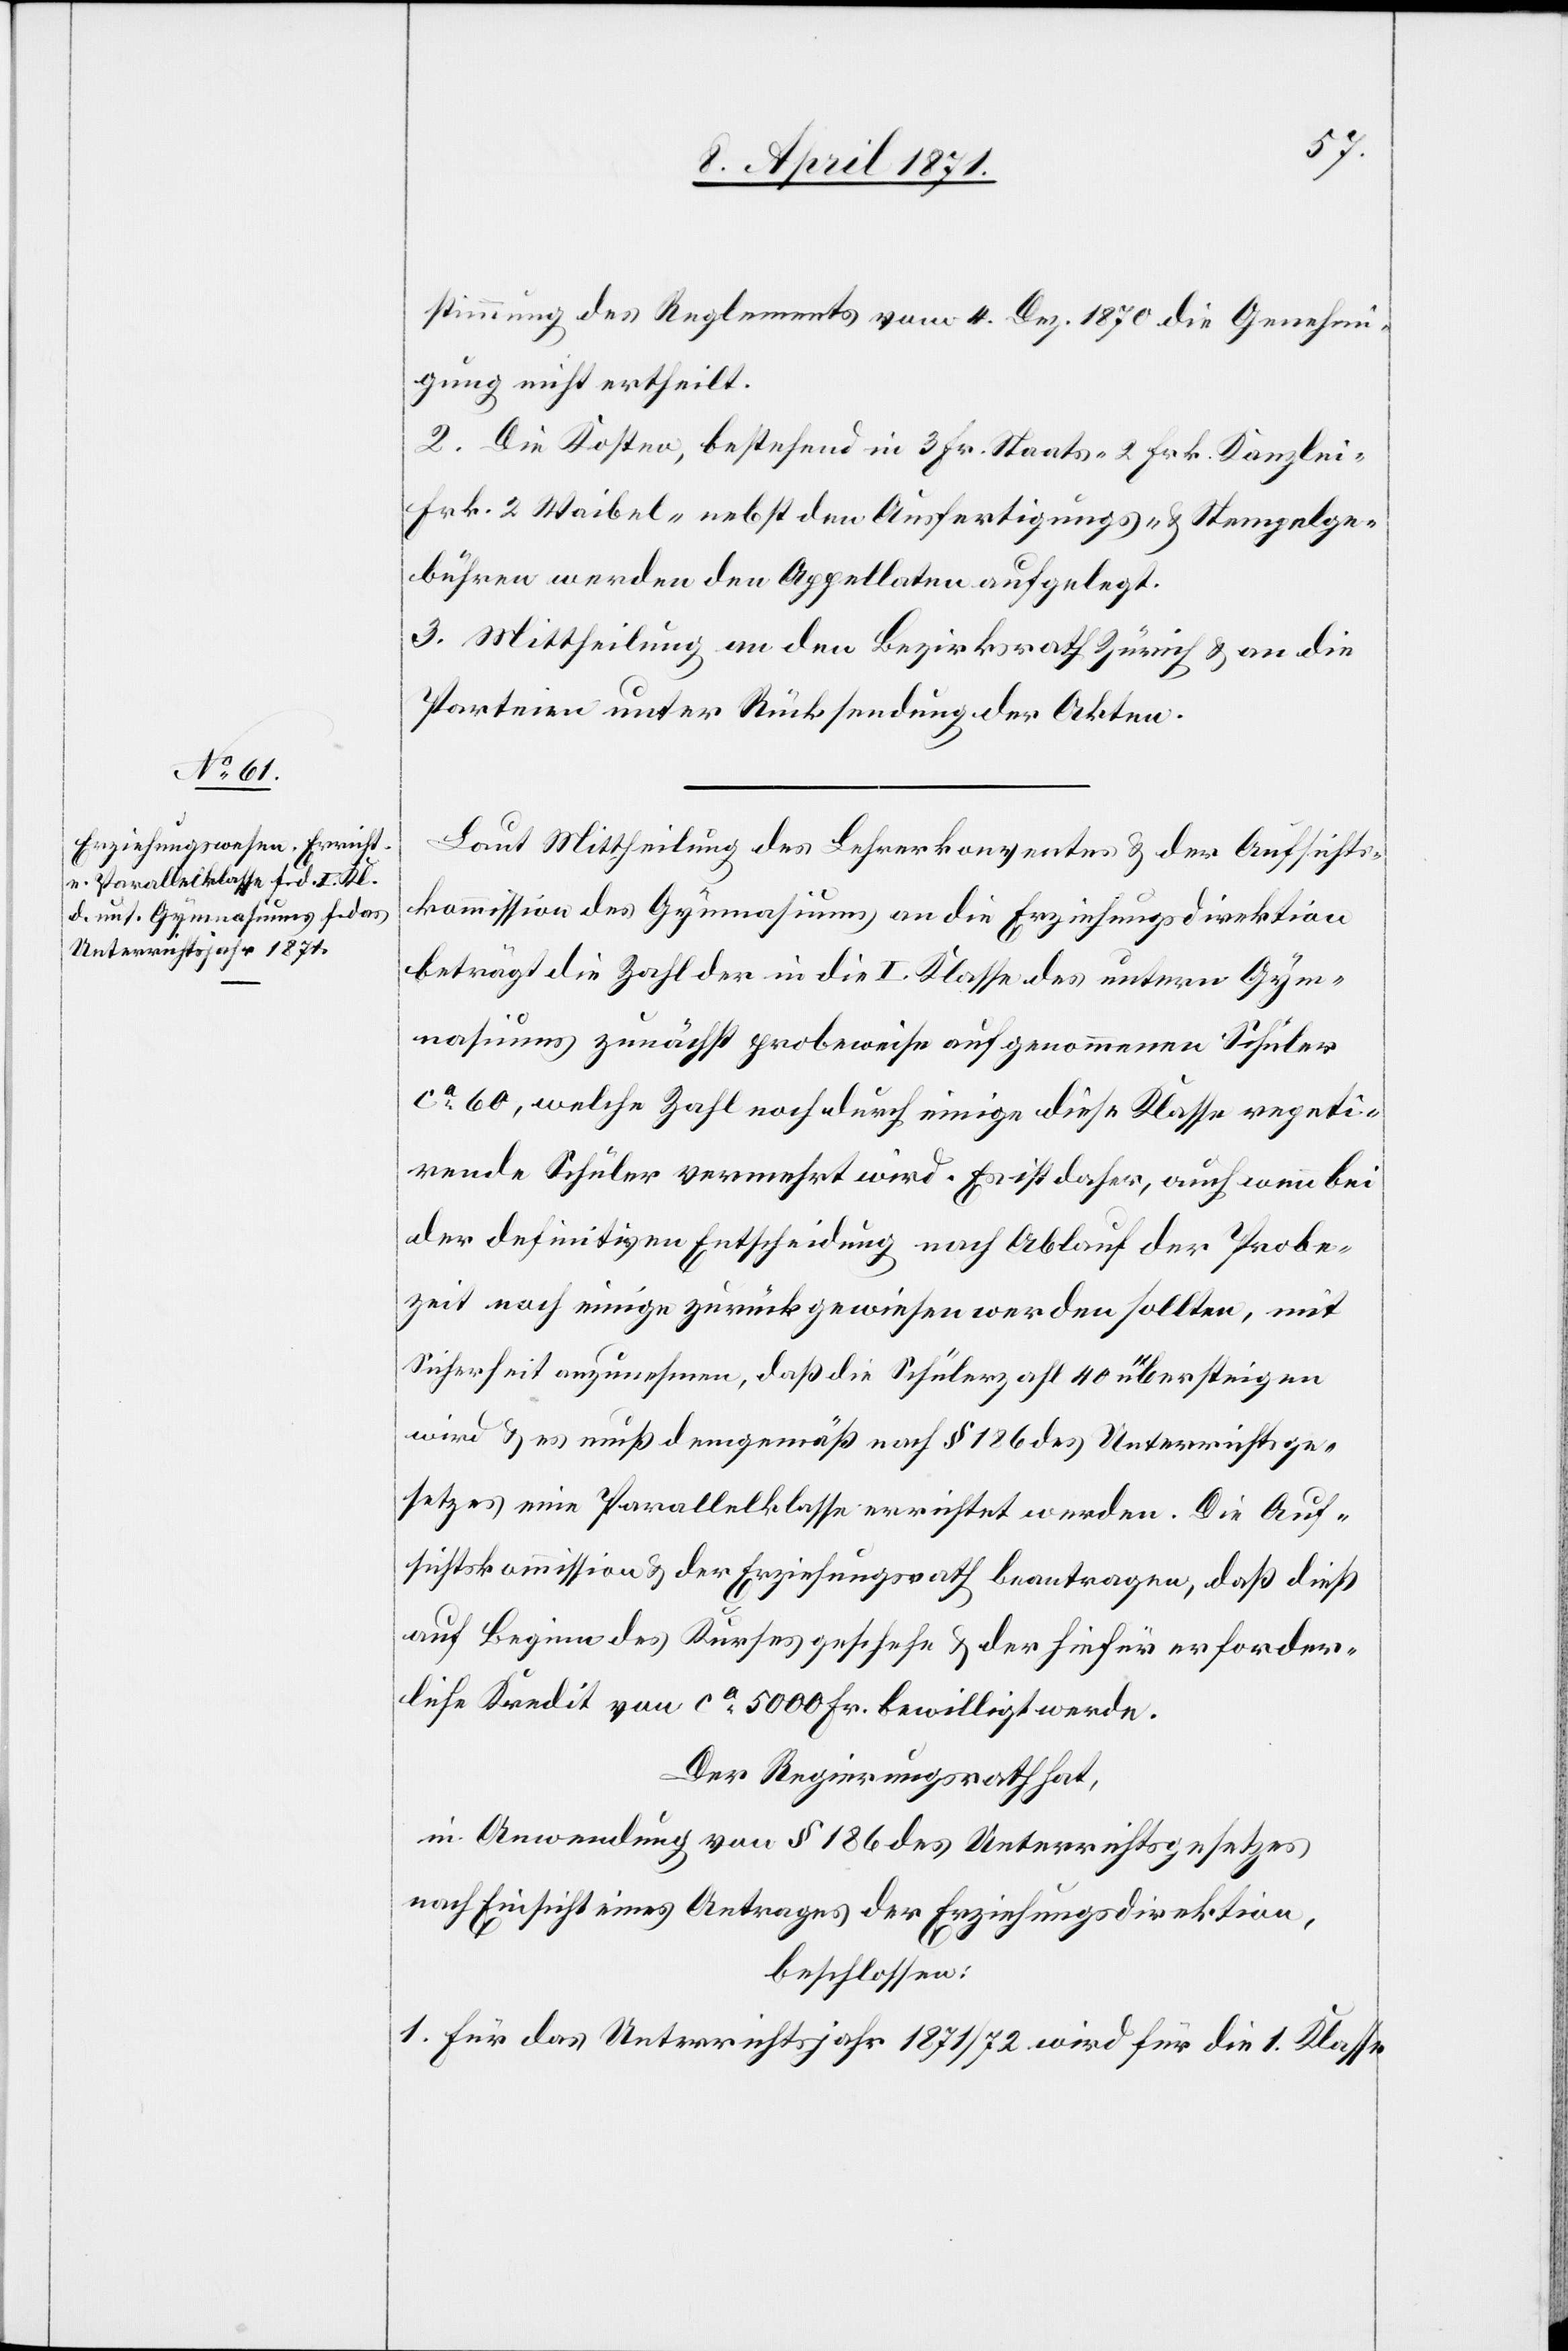
stimmung des Reglements vom 4. Dez. 1870 die Genehmi¬
gung nicht ertheilt.
2. Die Kosten, bestehend in 3 Fr. Staats-[,] 2 Frk. Kanzlei-[,]
Frk. 2 Waibel- nebst den Ausfertigungs- u. Stempelge¬
bühren werden den Appellaten aufgelegt.
3. Mittheilung an den Bezirksrath Zürich u. an die
Parteien unter Rücksendung der Akten.
Laut Mittheilung des Lehrerkonventes u. der Aufsichts¬
kommission des Gymnasiums an die Erziehungsdirektion
beträgt die Zahl der in die I. Klasse des untern Gym¬
nasiums zunächst probeweise aufgenommenen Schüler
ca. 60, welche Zahl noch durch einige diese Klasse repeti¬
rende Schüler vermehrt wird. Es ist daher, auch wenn bei
der definitiven Entscheidung nach Ablauf der Probe¬
zeit noch einige zurückgewiesen werden sollten, mit
Sicherheit anzunehmen, daß die Schülerzahl 40 übersteigen
wird u. es muß demgemäß nach § 186 des Unterrichtsge¬
setzes eine Parallelklasse errichtete werden. Die Auf¬
sichtskommission u. der Erziehungsrath beantragen, daß dieß
auf Beginn des Kurses geschehe u. der Hiefür erforder¬
liche Kredit von ca. 5000 Fr. bewilligt werde.
Der Regierungsrath hat,
in Anwendung von § 186 des Unterrichtsgesetzes
nach Einsicht eines Antrages der Erziehungsdirektion,
beschlossen:
1. Für das Unterrichtsjahr 1871/72 wird für die 1. Klasse